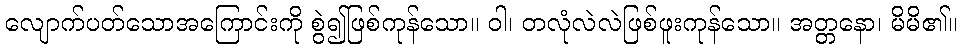
လျောက်ပတ်သောအကြောင်းကို စွဲ၍ဖြစ်ကုန်သော။ ဝါ၊ တလုံလဲလဲဖြစ်ဖူးကုန်သော။ အတ္တနော၊ မိမိ၏။